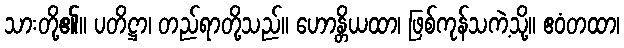
သားတို့၏။ ပတိဋ္ဌာ၊ တည်ရာတို့သည်။ ဟောန္တိယထာ၊ ဖြစ်ကုန်သကဲ့သို့။ ဧဝံတထာ၊